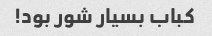
کباب بسیار شور بود!